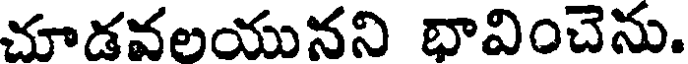
చూడవలయునని భావించెను.